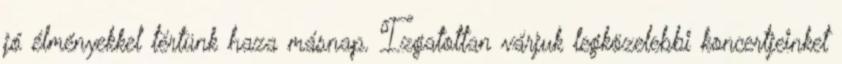
jó élményekkel tértünk haza másnap. Izgatottan várjuk legközelebbi koncertjeinket